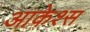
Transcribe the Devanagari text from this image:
आकेश्स